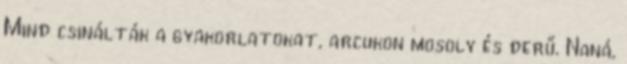
Mind csinálták a gyakorlatokat, arcukon mosoly és derű. Naná,